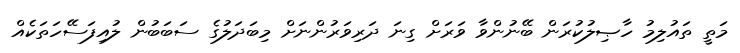
މަތީ ތައުލިމު ހާޞިލުކުރަން ބޭނުންވާ ވަރަށް ގިނަ ދަރިވަރުންނަށް މިބަދަލުގެ ސަބަބުން ލުއިފަސޭހަތަކެއް